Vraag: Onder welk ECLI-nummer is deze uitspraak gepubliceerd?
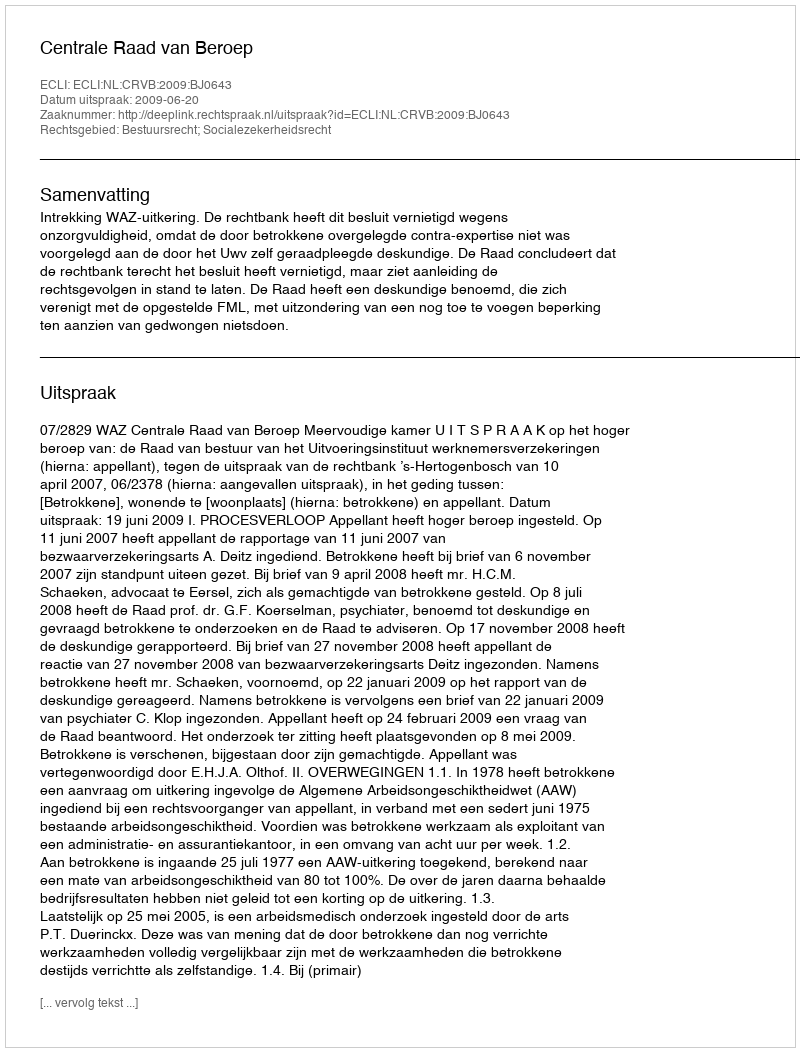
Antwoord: ECLI:NL:CRVB:2009:BJ0643